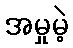
အမှုမဲ့